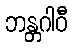
ဘန္တဂါဝီ